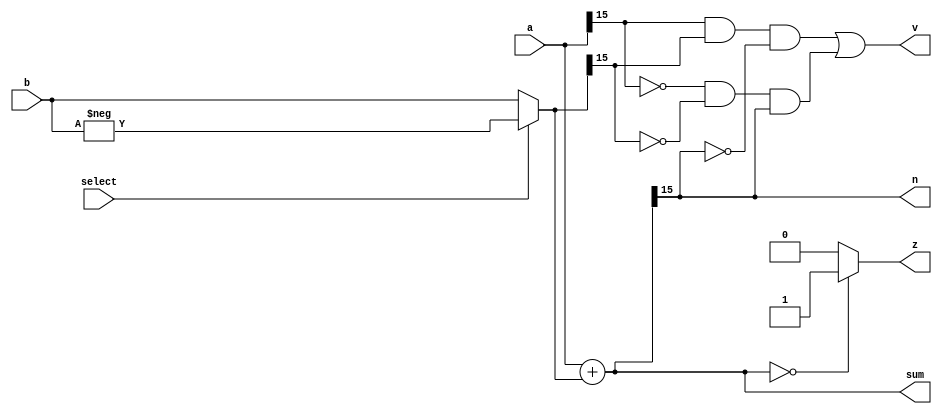
/*
   This file was generated automatically by the Mojo IDE version B1.3.6.
   Do not edit this file directly. Instead edit the original Lucid source.
   This is a temporary file and any changes made to it will be destroyed.
*/

/*
   Parameters:
     WIDTH = WIDTH
*/
module adder_18 (
    input select,
    input [15:0] a,
    input [15:0] b,
    output reg [15:0] sum,
    output reg z,
    output reg v,
    output reg n
  );
  
  localparam WIDTH = 5'h10;
  
  
  reg [15:0] sumI;
  
  reg [15:0] xb;
  
  always @* begin
    if (select) begin
      xb = -b;
    end else begin
      xb = b;
    end
    sumI = a + xb;
    v = (a[15+0-:1] & xb[15+0-:1] & ~sumI[15+0-:1]) | (~a[15+0-:1] & ~xb[15+0-:1] & sumI[15+0-:1]);
    if (sumI == 16'h0000) begin
      z = 1'h1;
    end else begin
      z = 1'h0;
    end
    n = sumI[15+0-:1];
    sum = sumI;
  end
endmodule